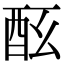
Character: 𨠀